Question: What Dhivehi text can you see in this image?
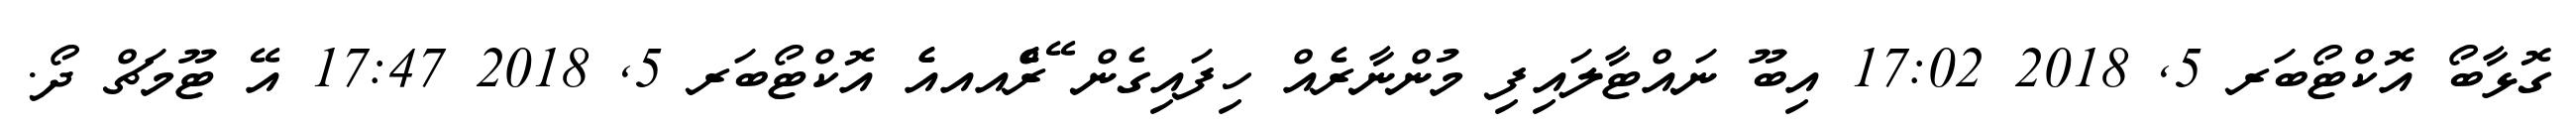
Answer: ގޮޅާބޯ އޮކްޓޯބަރ 5, 2018 17:02 އިބޫ ނައްޓާލައިފި މުންނާރެއް ހިފައިގެން ޭރެެްއއއެެ އޮކްޓޯބަރ 5, 2018 17:47 އޭ ޓޫމަޗް ދޯ.